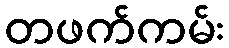
တဖက်ကမ်း